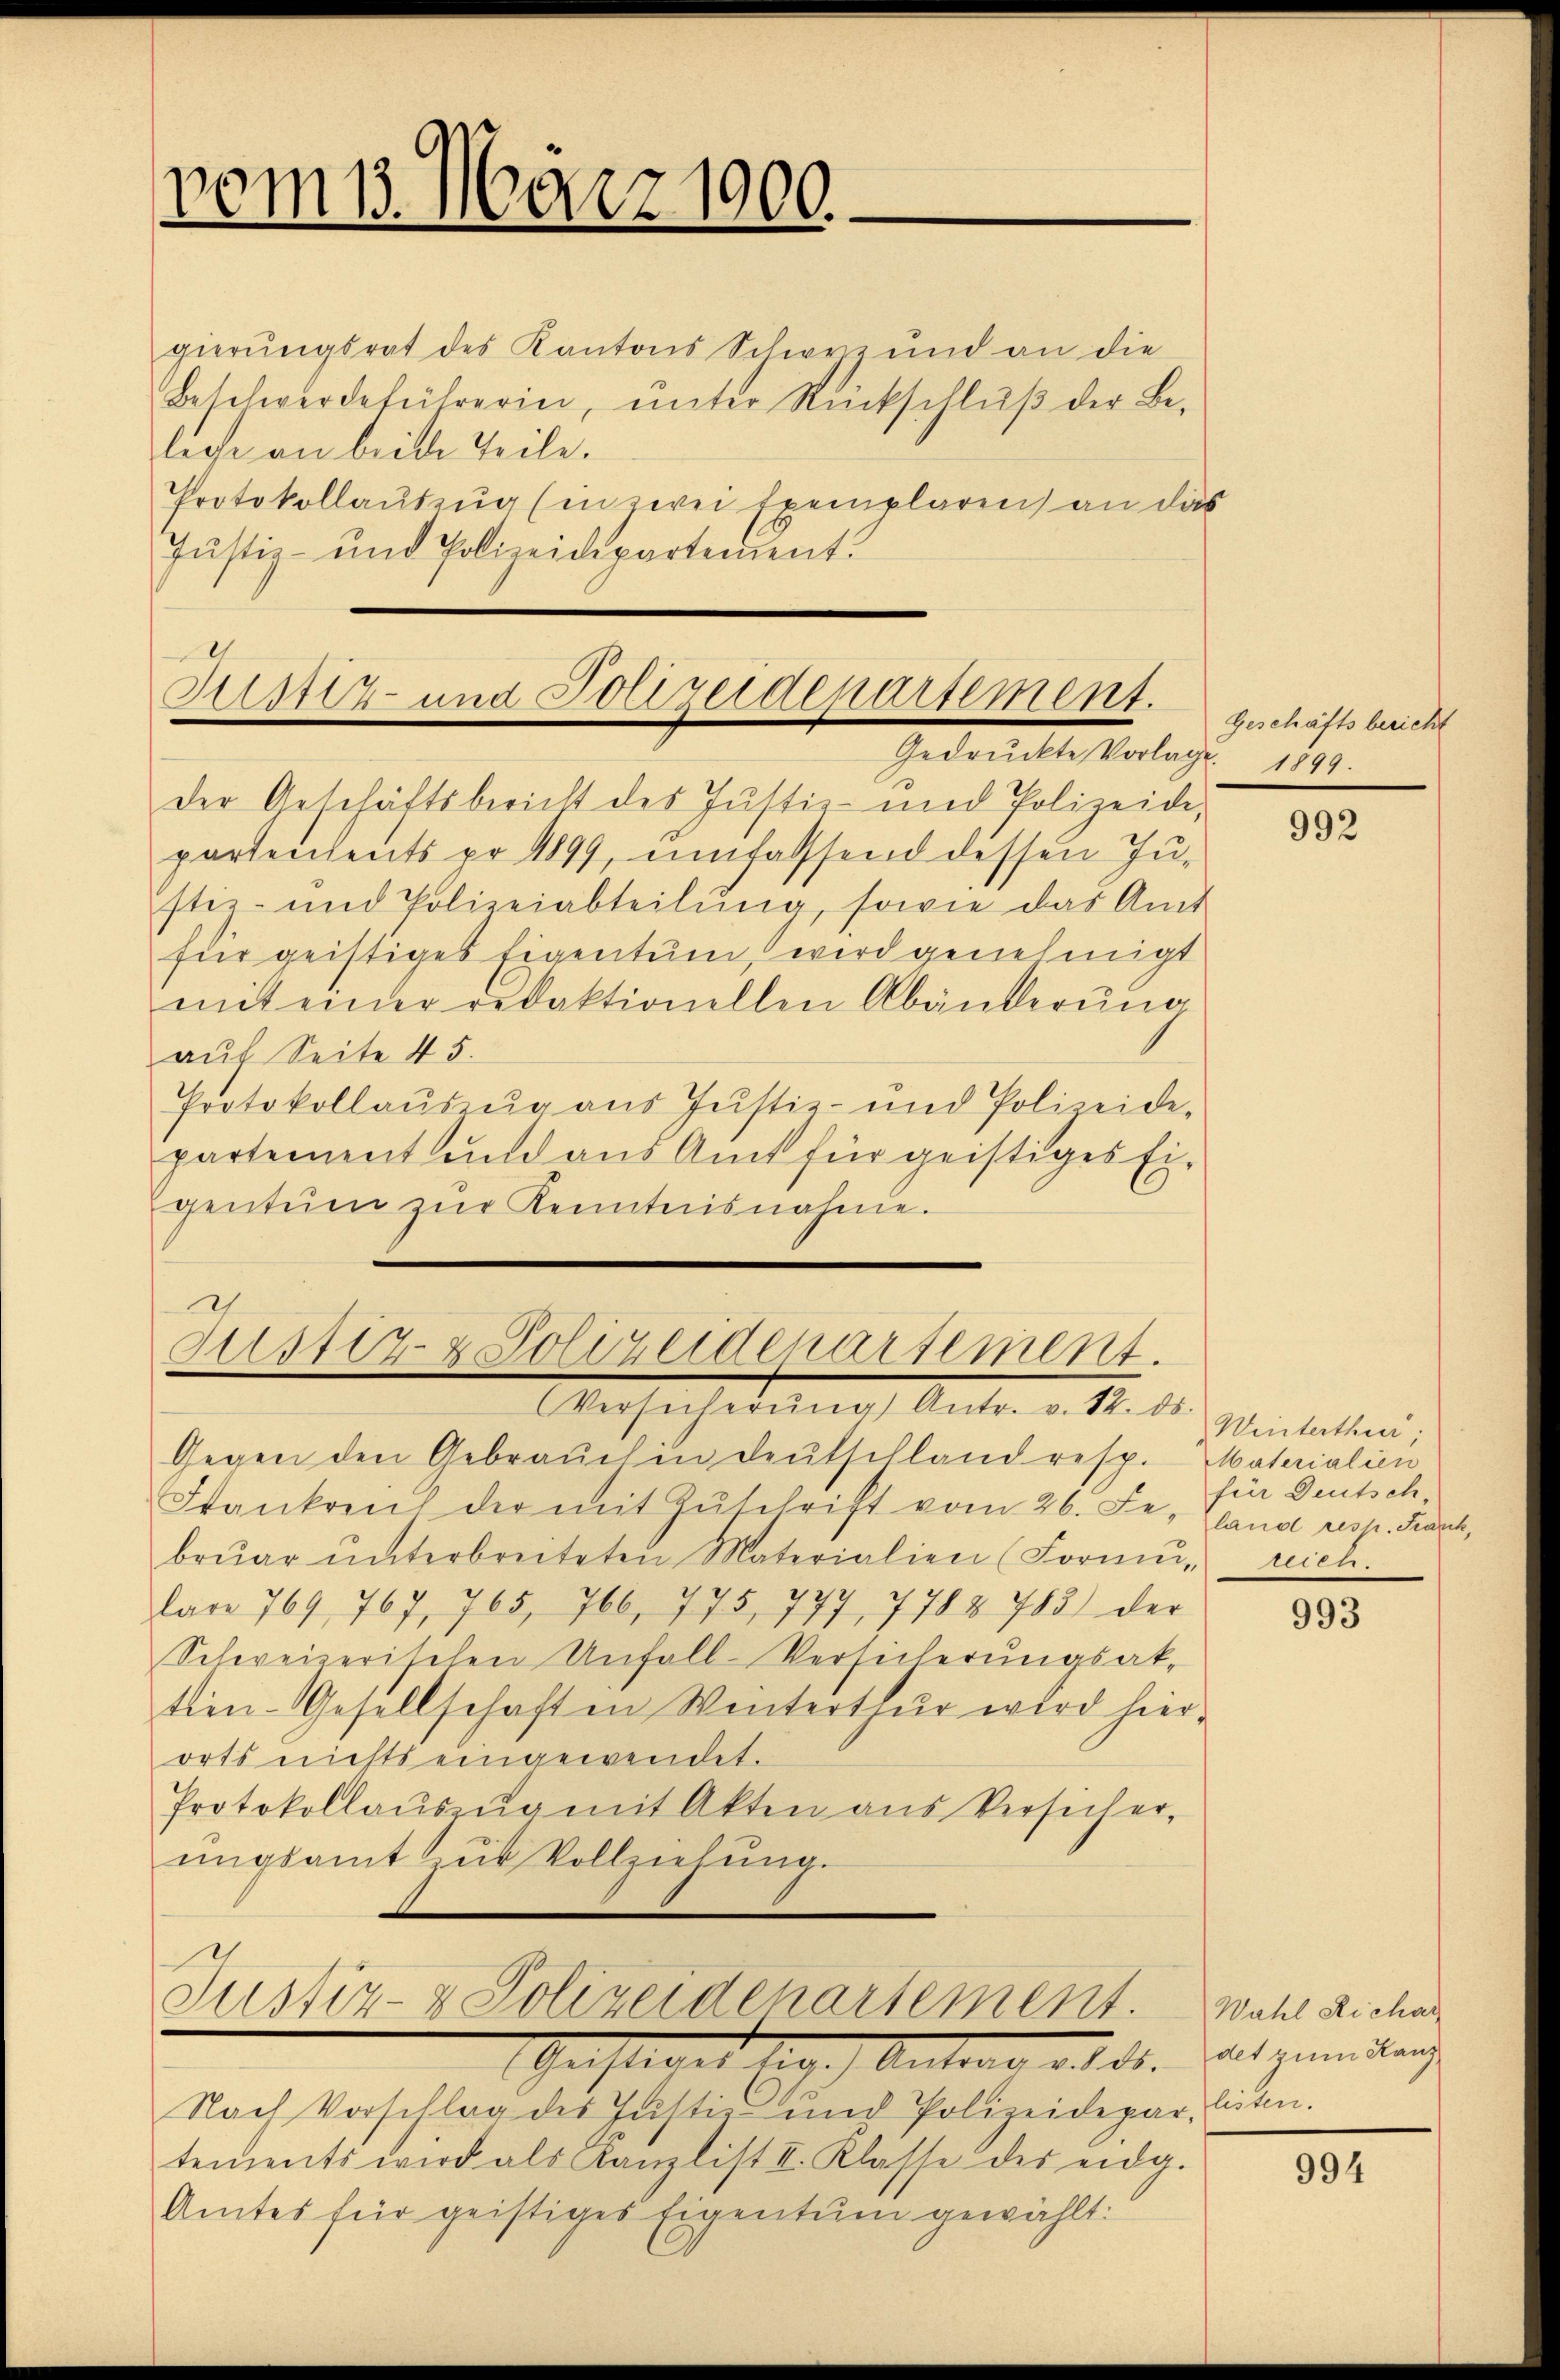
vom 13. März 1900.

gierungsrat des Kantons Schwyz und an die
Beschwerdeführerin, ŭnter Rückschlŭβ der Be-
leche an beide Teile.
Protokollauszug (in zwei Exemplaren) an das
Justiz- und Polizeidepartement.

Zustiz- und Polizeidepartement.
Gedruckte Vorlage. 1899.

der Geschäftsbericht des Justiz- und Polizeide,
partentents pr 1899, umfasssend dessen Justiz- und Polizeiabteilŭng, sowie das Amt
für geistiges Eigentum, wird genehmigt
mit einer Redaktionellen Abänderung
auf Seite 45.
Protokollaus un aus Justiz- und Polizeide-
partement und aus Amt für geistiges Eigentuen zŭr Kenntnisnahme.

Zustiz & Polizeidepartement.
Versicherŭng Antr. v. 12. ds.

Gegen den Gebrauch in deutschland resp. Materialien
Frankreis der mit Zŭschrift vom 26. Se. Gland resp. Kant,
brŭar ŭnterbreiteten Materialien (Formŭ- reich.
lare 769, 767, 765, 766, 775, 777, 7788 783) der
Schweizerischen Unfall-Versicherungsak-
tien-Gesellschaften Winterthur wird hierorts nichts eingewendet.
Protokollaŭszŭg mit Akten aus Versicher,
ŭngsamt u. Vollziehŭng.
Justiz- & Polizeidenartement.
Geistiger Antrag an ds. auszumitung
Nach Vorschlag des Justiz und Polizeidepar-
tements wird als Kanzlist II. Klasse des eidg.
Amtes für geistiges Eigentum gewählt:

Geschäftsbericht

992

Winterthur;
für Deutsch

993

Wahl Richar
listen.

994